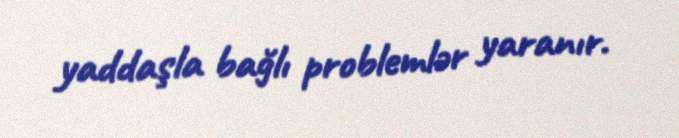
yaddaşla bağlı problemlər yaranır.